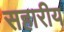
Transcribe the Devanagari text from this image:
सहारीय